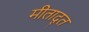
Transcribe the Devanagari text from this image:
मीताद्त